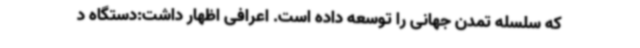
که سلسله تمدن جهانی را توسعه داده است. اعرافی اظهار داشت:دستگاه د